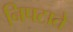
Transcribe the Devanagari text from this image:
निपटाते